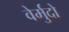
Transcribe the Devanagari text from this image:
वेर्मुदो